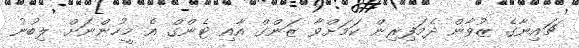
ޗައިނާގެ ޒުވާން ދެމަފިރިން ކަމަށްވާ ޒަންގް އާއި ޓެންގް އެ މީހުންނަށް ލިބުނު